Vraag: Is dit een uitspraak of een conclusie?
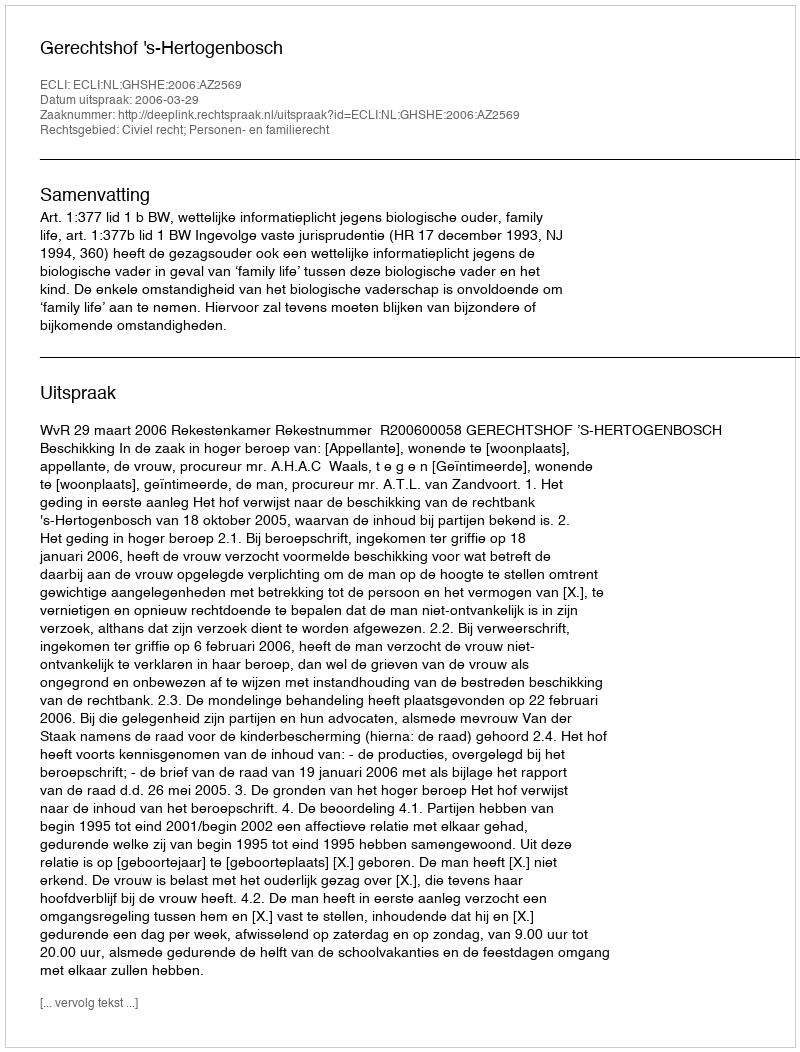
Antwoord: Uitspraak